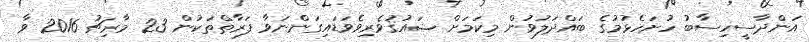
އަންދާސީހިސާބު ހުށަހެޅުމުގެ ބައްދަލުވުން މިކަމަށް ޝައުޤުވެރިވެވަޑައިގަންނަވާ ފަރާތްތަކުން 23 މާރިޗު 2016 ވާ